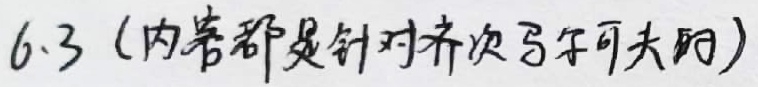
6.3（内容都是针对齐次马尔可夫的）